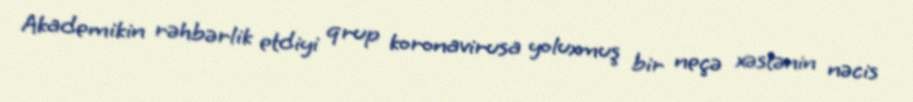
Akademikin rəhbərlik etdiyi qrup koronavirusa yoluxmuş bir neçə xəstənin nəcis